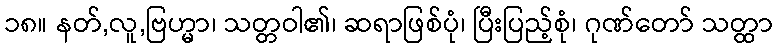
၁၈။ နတ်,လူ,ဗြဟ္မာ၊ သတ္တဝါ၏၊ ဆရာဖြစ်ပုံ၊ ပြီးပြည့်စုံ၊ ဂုဏ်တော် သတ္ထာ